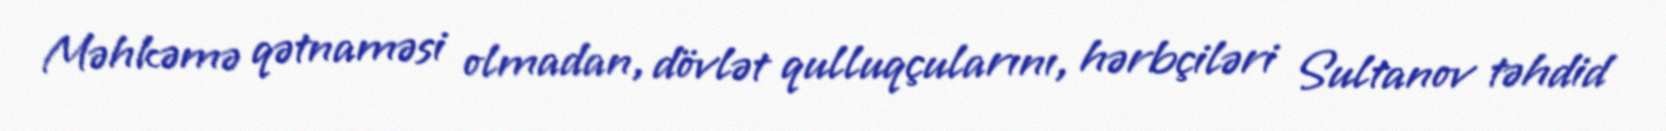
Məhkəmə qətnaməsi olmadan, dövlət qulluqçularını, hərbçiləri Sultanov təhdid